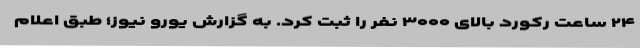
۲۴ ساعت رکورد بالای ۳۰۰۰ نفر را ثبت کرد. به گزارش یورو نیوز؛ طبق اعلام